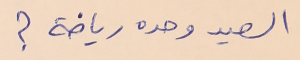
الصيد وحده رياضة ؟